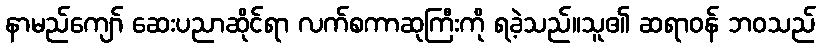
နာမည်ကျော် ဆေးပညာဆိုင်ရာ လက်စကာဆုကြီးကို ရခဲ့သည်။သူ၏ ဆရာဝန် ဘဝသည်